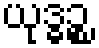
ယုဒ္ဓဉ္စ